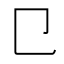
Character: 㔾